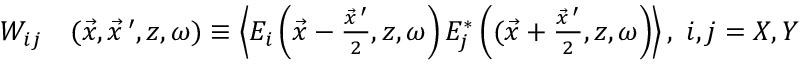
\begin{array} { r l } { W _ { i j } } & { { } ( \vec { x } , \vec { x } \, ^ { \prime } , z , \omega ) \equiv \left\langle E _ { i } \left( \vec { x } - \frac { \vec { x } \, ^ { \prime } } { 2 } , z , \omega \right) E _ { j } ^ { * } \left( ( \vec { x } + \frac { \vec { x } \, ^ { \prime } } { 2 } , z , \omega \right) \right\rangle , ~ i , j = X , Y } \end{array}